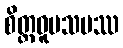
စိတ္တဝူပသမဿ